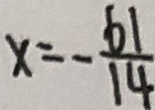
x = - \frac { 6 1 } { 1 4 }